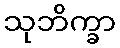
သုဘိက္ခာ